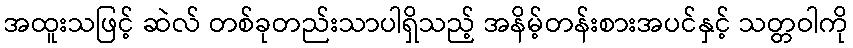
အထူးသဖြင့် ဆဲလ် တစ်ခုတည်းသာပါရှိသည့် အနိမ့်တန်းစားအပင်နှင့် သတ္တဝါကို